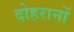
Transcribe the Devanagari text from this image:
दोहरानों